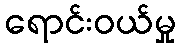
ရောင်းဝယ်မှု